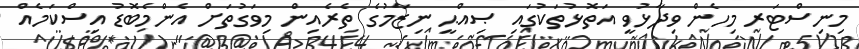
މިނިސްޓަރ މިހެން ވިދާޅުވީ އަތޮޅުތަކުގައި ޞިއްޙީ ނިޒާމުގެ ތެރެއިން މިވަގުތަށް އެންމެބޮޑު އިސްކަމެއް